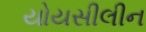
યોયસીલીન